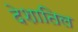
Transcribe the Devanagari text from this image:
देशातिल